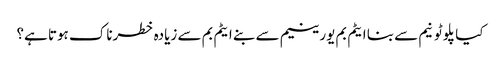
کیا پلوٹونیم سے بنا ایٹم بم یورینیم سے بنے ایٹم بم سے زیادہ خطرناک ہوتا ہے؟